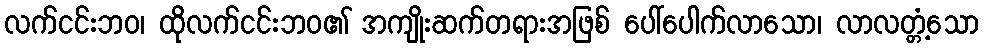
လက်ငင်းဘဝ၊ ထိုလက်ငင်းဘဝ၏ အကျိုးဆက်တရားအဖြစ် ပေါ်ပေါက်လာသော၊ လာလတ္တံ့သော